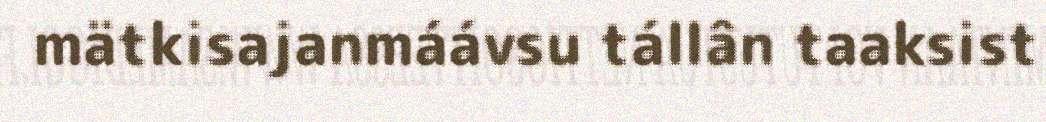
mätkisajanmáávsu tállân taaksist